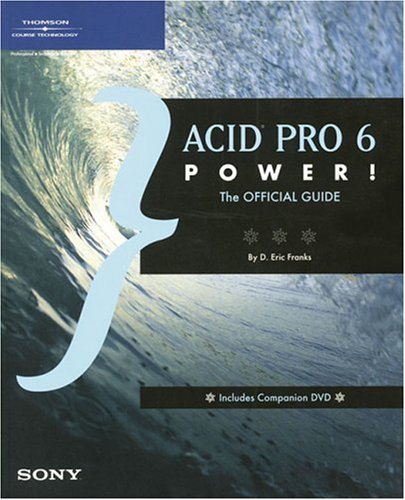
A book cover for ACID Pro 6 Power!: The Official Guide; D. Eric Franks; Computers & Technology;